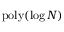
\ensuremath { \operatorname { p o l y } } ( \log { N } )